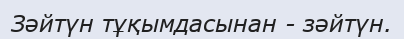
Зәйтүн тұқымдасынан - зәйтүн.